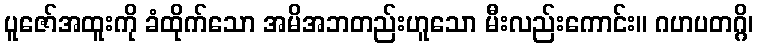
ပူဇော်အထူးကို ခံထိုက်သော အမိအဘတည်းဟူသော မီးလည်းကောင်း။ ဂဟပတဂ္ဂိ၊